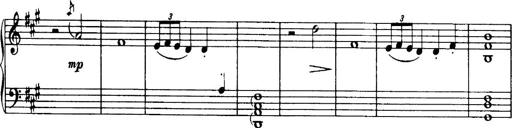
Title: 3 Sonatinas, Op.67
Composer: Jean Sibelius